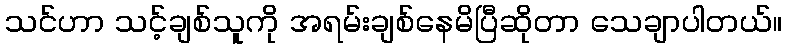
သင်ဟာ သင့်ချစ်သူကို အရမ်းချစ်နေမိပြီဆိုတာ သေချာပါတယ်။